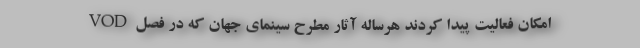
VOD امکان فعالیت پیدا کردند هرساله آثار مطرح سینمای جهان که در فصل